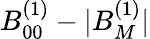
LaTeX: B_{00}^{(1)}-|B_{M}^{(1)}|